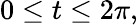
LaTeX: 0\leq t\leq 2\pi,